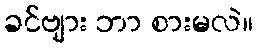
ခင်ဗျား ဘာ စားမလဲ။